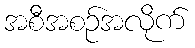
အစီအစဉ်အလိုက်